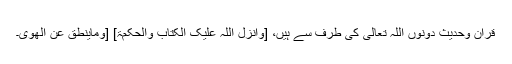
قرآن وحدیث دونوں اللہ تعالیٰ کی طرف سے ہیں، [وأنزل اللہ علیک الکتاب والحکمۃ] [وماینطق عن الھوی۔